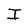
Character: I